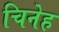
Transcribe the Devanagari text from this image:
चिनेह